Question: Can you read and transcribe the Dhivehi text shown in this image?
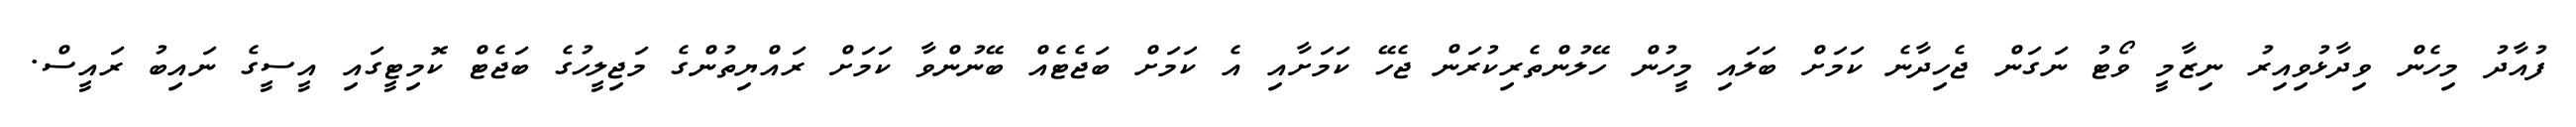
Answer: ފުއާދު މިހެން ވިދާޅުވިއިރު ނިޒާމީ ވޯޓު ނަގަން ޖެހިދާނެ ކަމަށް ބަލައި މީހުން ހޭލުންތެރިކުރަން ޖެހޭ ކަމަށާއި އެ ކަމަށް ބަޖެޓެއް ބޭނުންވާ ކަމަށް ރައްޔިތުންގެ މަޖިލީހުގެ ބަޖެޓް ކޮމިޓީގައި އީސީގެ ނައިބު ރައީސް.